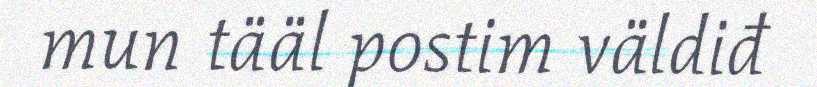
mun tääl postim väldiđ